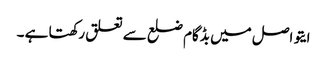
ایتو اصل میں بڈگام ضلع سے تعلق رکھتا ہے ۔